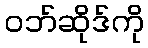
ဝဘ်ဆိုဒ်ကို